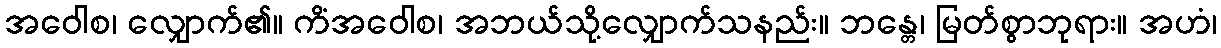
အဝေါစ၊ လျှောက်၏။ ကိံအဝေါစ၊ အဘယ်သို့လျှောက်သနည်း။ ဘန္တေ၊ မြတ်စွာဘုရား။ အဟံ၊